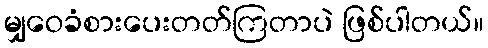
မျှဝေခံစားပေးတတ်ကြတာပဲ ဖြစ်ပါတယ်။